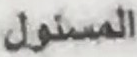
المسئول